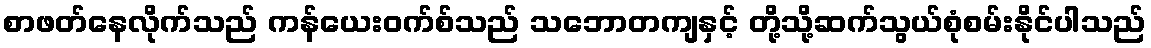
စာဖတ်နေလိုက်သည် ကန်ယေးဝက်စ်သည် သဘောတကျနှင့် တို့သို့ဆက်သွယ်စုံစမ်းနိုင်ပါသည်